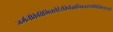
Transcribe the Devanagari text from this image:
जर्मनीकेविभिन्नशेहेरोंकेवैज्ञानिकइससमितिकेसदस्यहैं